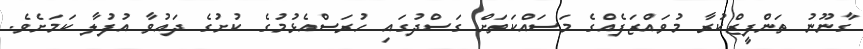
ގާނޫނު ތަންފީޒްކުރާ މުވައްޒަފެއްގެ މަސައްކަތަށް ގަސްދުގައި ހުރަސްއެޅުމުގެ ކުށުގެ ދައުވާ އުފުލާ ކަމަށެވެ.